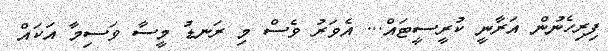
ފިރިހެނުން އަރާނީ ކުރީސީޓައް... އެވަރު ވެސް މި ރަނޑު މީސާ ވަސިމާ އަކައް